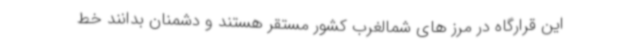
این قرارگاه در مرز های شمالغرب کشور مستقر هستند و دشمنان بدانند خط